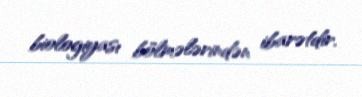
biologiyası bölmələrindən ibarətdir.